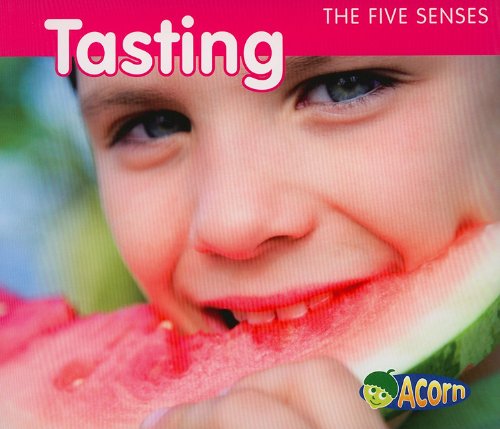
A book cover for Tasting (The Five Senses); Rebecca Rissman; Children's Books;